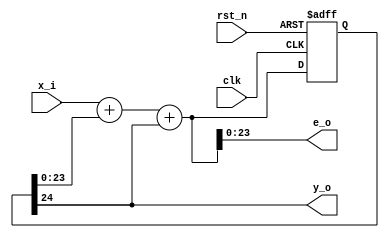
`timescale  1ns / 1ps

module hk_efm #(
    parameter WIDTH = 24,  // 
    parameter A_GAIN = 1,   // A = A_GAIN*2-1, 
    parameter OUT_REG = 0 // 
) (
    input clk,             // 
    input rst_n,           // 

    input [WIDTH-1:0] x_i, // EFM
    output y_o,            // 
    output [WIDTH-1:0] e_o //  EFM 
);

    wire [WIDTH:0] sum;
    reg [WIDTH:0] sum_r;

    // 
    assign sum = x_i + sum_r[WIDTH-1:0] + {A_GAIN{sum_r[WIDTH]}};

    // 
    always @(posedge clk or negedge rst_n) begin
        if (!rst_n) begin
            sum_r <= 'b0;
        end else begin
            sum_r <= sum;
        end
    end

    // 
    //  y  Sigma-Delta  Sigma-Delta  y 
    assign y_o = sum_r[WIDTH];

    // 
    generate
        if (OUT_REG) begin
            // 
            assign e_o = sum_r[WIDTH-1:0];
        end else begin
            // 
            assign e_o = sum[WIDTH-1:0];
        end
    endgenerate

endmodule